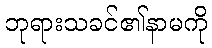
ဘုရားသခင်၏နာမကို